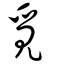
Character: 覓